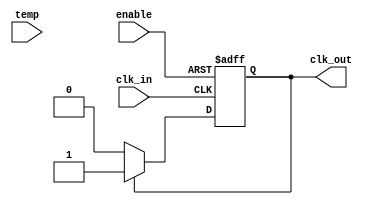
module TempCompClockBuffer (
    input wire clk_in,          // Input clock signal
    input wire [7:0] temp,     // Temperature sensor input (8-bit for simplicity)
    input wire enable,          // Enable signal for power management
    output reg clk_out          // Buffered output clock signal
);

    // Parameters for clock characteristics adjustment
    parameter CLK_FREQ = 100;   // Base clock frequency in MHz
    parameter TEMP_THRESHOLD = 25; // Temperature threshold for adjustment

    // Internal signals for clock characteristics
    reg [7:0] rise_time;        // Adjusted rise time
    reg [7:0] fall_time;        // Adjusted fall time
    reg [7:0] delay;            // Adjusted clock delay

    // Clock buffering logic with temperature compensation
    always @(posedge clk_in or negedge enable) begin
        if (!enable) begin
            clk_out <= 0; // Disable output clock if not enabled
        end else begin
            // Adjust clock characteristics based on temperature
            if (temp < TEMP_THRESHOLD) begin
                rise_time <= 10; // Shorter rise time at lower temperatures
                fall_time <= 10; // Shorter fall time at lower temperatures
                delay <= 0;      // No additional delay
            end else begin
                rise_time <= 20; // Longer rise time at higher temperatures
                fall_time <= 20; // Longer fall time at higher temperatures
                delay <= 5;      // Additional delay
            end

            // Buffer the clock signal with adjusted parameters
            clk_out <= #delay clk_in; // Apply delay
            // Simulate rise and fall times (simplified)
            if (clk_out) begin
                #rise_time clk_out <= 1; // Simulate rise
            end else begin
                #fall_time clk_out <= 0; // Simulate fall
            end
        end
    end

endmodule